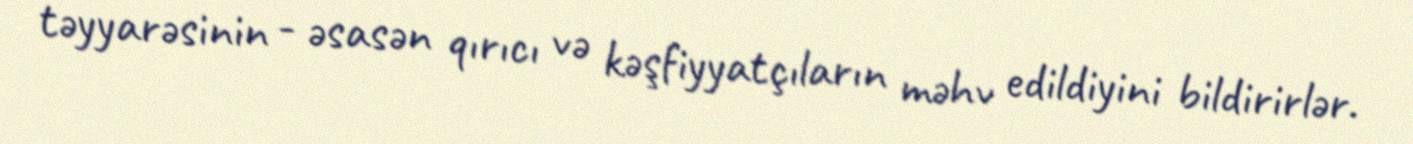
təyyarəsinin - əsasən qırıcı və kəşfiyyatçıların məhv edildiyini bildirirlər.